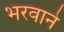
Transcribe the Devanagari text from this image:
भरवाने